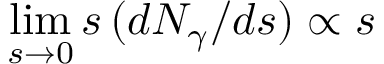
\operatorname* { l i m } _ { s \to 0 } s \, ( d N _ { \gamma } / d s ) \propto s